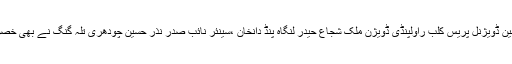
اجلاس میں چیئر مین ڈویژنل پریس کلب راولپنڈی ڈویژن ملک شجاع حیدر لنگاہ پنڈ دانخان ،سینئر نائب صدر نذر حسین چودھری تلہ گنگ نے بھی خصوصی شرکت کی ۔